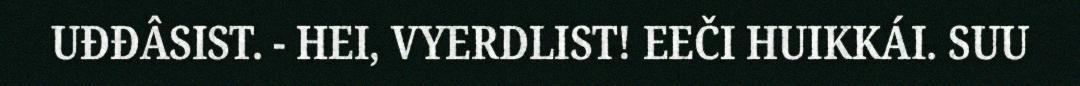
UĐĐÂSIST. - HEI, VYERDLIST! EEČI HUIKKÁI. SUU